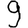
Digit: 9